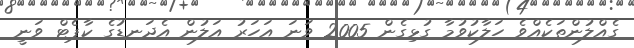
ގެއްލުންތަކެއްވެ ހަލާކުވުމާ ގުޅިގެން 2005 ވަނަ އަހަރު އަލުން އެދަނޑުގެ ކާޕެޓް ވަނީ